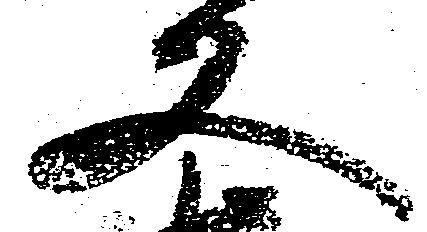
又